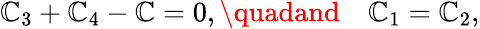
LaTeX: \mathbb{C}_{3}+\mathbb{C}_{4}-\mathbb{C}=0,\quadand\quad\mathbb{C}_{1}=\mathbb{C}_{2},